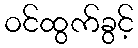
ဝင်ထွက်ခွင့်